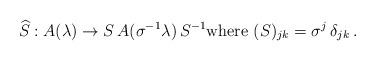
LaTeX: \begin{align*}\widehat{S}: A(\lambda) \rightarrow S\, A(\sigma^{-1}\lambda)\,S^{-1} {\rm where\ }(S)_{jk} = \sigma^j \,\delta_{jk}\,.\end{align*}